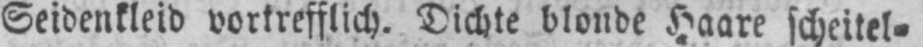
Seidenkleid vortrefflich. Dichte blonde Haare scheitel⸗